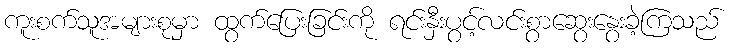
ကူးစက်သူအများစုမှာ ထွက်ပြေးခြင်းကို ရင်းနှီးပွင့်လင်းစွာဆွေးနွေးခဲ့ကြသည်